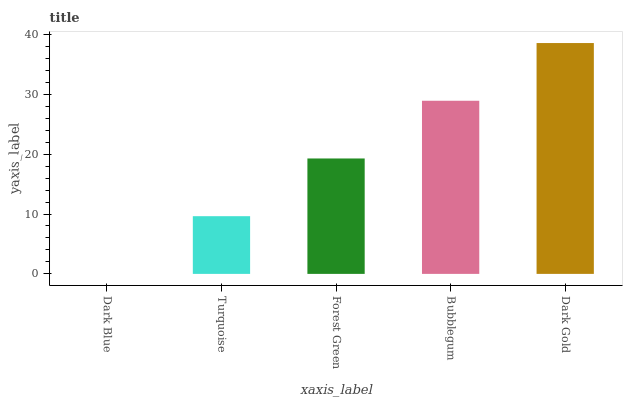
| xaxis_label | bars |
 | --- | --- |
 | Dark Blue | 0 |
 | Turquoise | 9.64 |
 | Forest Green | 19.3 |
 | Bubblegum | 28.9 |
 | Dark Gold | 38.6 |